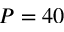
P = 4 0